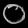
Digit: ၀